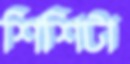
শিশিটা